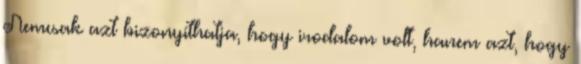
Nemcsak azt bizonyíthatja, hogy irodalom volt, hanem azt, hogy